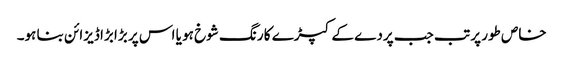
خاص طور پر تب جب پردے کے کپڑے کا رنگ شوخ ہو یا اس پر بڑا بڑا ڈیزائن بنا ہو۔